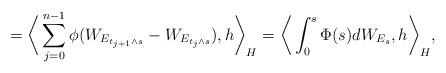
LaTeX: \begin{align*}= \bigg\langle \sum_{j=0}^{n-1} \phi(W_{E_{t_{j+1}\wedge s}}-W_{E_{t_{j}\wedge s}}), h \bigg\rangle_H = \bigg\langle \int_0^s \Phi(s) dW_{E_s}, h \bigg\rangle_H,\end{align*}